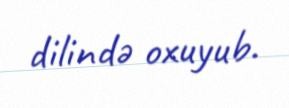
dilində oxuyub.